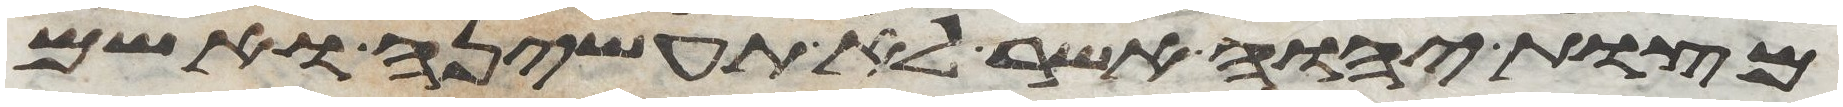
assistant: מצות יהוה אשר לא תעשיהן ואשם